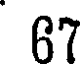
67